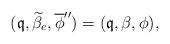
LaTeX: \begin{align*}(\frak{q},\widetilde{\beta}_e,\overline{\phi}'')=(\frak{q},\beta,\phi),\end{align*}